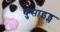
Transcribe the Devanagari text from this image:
थुसाइड्स